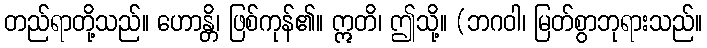
တည်ရာတို့သည်။ ဟောန္တိ၊ ဖြစ်ကုန်၏။ ဣတိ၊ ဤသို့။ (ဘဂဝါ၊ မြတ်စွာဘုရားသည်။